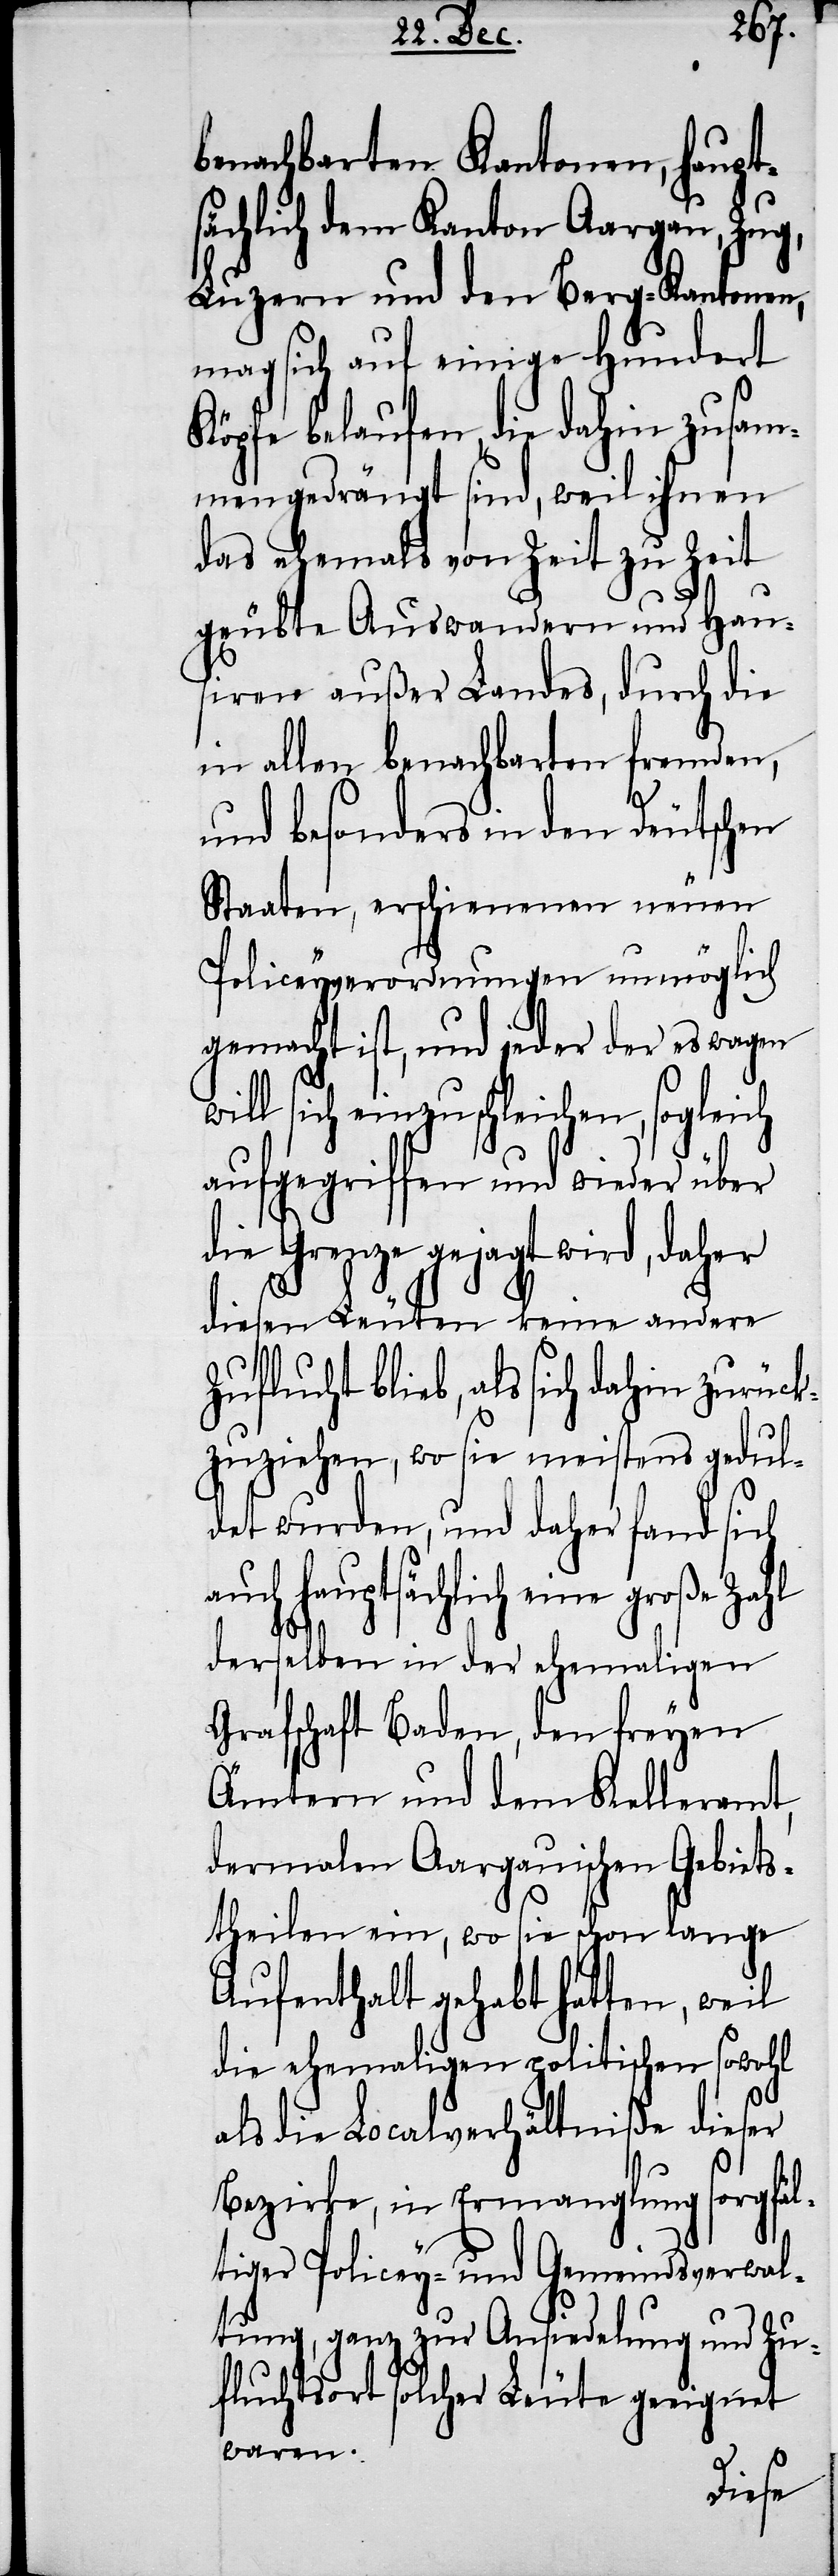
benachbarten Kantonen, haupt¬
sächlich dem Kanton Aargau, Zug,
Luzern und den Berg-Kantonen,
mag sich auf einige Hundert
Köpfe belaufen, die dahin zusam¬
mengedrängt sind, weil ihnen
das ehemals von Zeit zu Zeit
geübte Auswandern und Hau¬
siren außer Landes, durch die
in allen benachbarten fremden,
und besonders in den Deutschen
Staaten, erschienen neuen
Policeyverordnungen unmöglich
gemacht ist, und jeder der es wagen
will sich einzuschleichen, sogleich
aufgegriffen und wieder über
die Grenze gejagt wird, daher
diesen Leuten keine andere
Zuflucht blieb, als sich dahin zurück¬
zuziehen, wo sie meistens gedul¬
det wurden, und daher fand sich
auch hauptsächlich eine große Zahl
derselben in der ehemaligen
Grafschaft Baden, den freyen
Ämtern und dem Kelleramt,
dermalen Aargauischen Gebiets¬
theilen ein, wo sie schon lange
Aufenthalt gehabt hatten, weil
die ehemaligen politischen sowohl
als die Localverhältniße dieser
Bezirke, in Ermanglung sorgfäl¬
tiger Policey- und Gemeindsverwal¬
tung, ganz zur Ansiedelung und Zu¬
fluchtsort solcher Leute geeignet
waren.